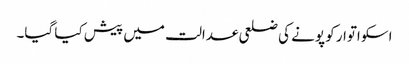
اسکو اتوار کو پونے کی ضلعی عدالت میں پیش کیا گیا۔